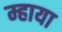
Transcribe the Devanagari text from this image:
म्हाया